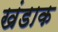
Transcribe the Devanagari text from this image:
खंडाक